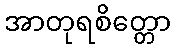
အာတုရစိတ္တော